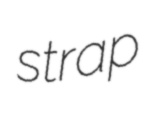
strap